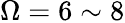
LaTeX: \Omega=6\sim 8